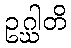
ဥဂ္ဃါတိ